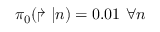
\pi _ { 0 } ( \Rsh | n ) = 0 . 0 1 ~ \forall n